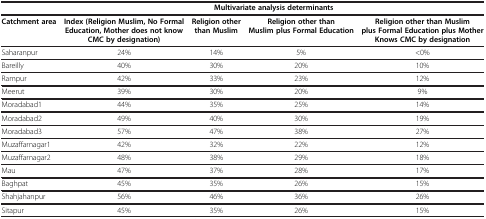
<table><thead><tr><td><b> </b></td><td colspan="4"><b>Multivariate analysis determinants</b></td></tr></thead><tbody><tr><td><b>Catchment area</b></td><td><b>Index (Religion Muslim, No Formal Education, Mother does not know CMC by designation)</b></td><td><b>Religion other than Muslim</b></td><td><b>Religion other than Muslim plus Formal Education</b></td><td><b>Religion other than Muslim plus Formal Education plus Mother Knows CMC by designation</b></td></tr><tr><td>Saharanpur</td><td>24%</td><td>14%</td><td>5%</td><td>&lt;0%</td></tr><tr><td>Bareilly</td><td>40%</td><td>30%</td><td>20%</td><td>10%</td></tr><tr><td>Rampur</td><td>42%</td><td>33%</td><td>23%</td><td>12%</td></tr><tr><td>Meerut</td><td>39%</td><td>30%</td><td>20%</td><td>9%</td></tr><tr><td>Moradabad1</td><td>44%</td><td>35%</td><td>25%</td><td>14%</td></tr><tr><td>Moradabad2</td><td>49%</td><td>40%</td><td>30%</td><td>19%</td></tr><tr><td>Moradabad3</td><td>57%</td><td>47%</td><td>38%</td><td>27%</td></tr><tr><td>Muzaffarnagar1</td><td>42%</td><td>32%</td><td>22%</td><td>12%</td></tr><tr><td>Muzaffarnagar2</td><td>48%</td><td>38%</td><td>29%</td><td>18%</td></tr><tr><td>Mau</td><td>47%</td><td>37%</td><td>28%</td><td>17%</td></tr><tr><td>Baghpat</td><td>45%</td><td>35%</td><td>26%</td><td>15%</td></tr><tr><td>Shahjahanpur</td><td>56%</td><td>46%</td><td>36%</td><td>26%</td></tr><tr><td>Sitapur</td><td>45%</td><td>35%</td><td>26%</td><td>15%</td></tr></tbody></table>